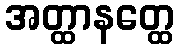
အတ္ထာနတ္ထေ